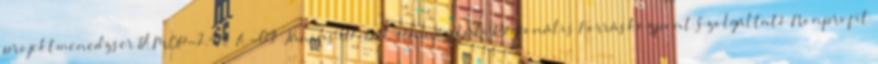
projektmenedzser TÁMOP-2.4.3 A-09 Június 07. Dél-Dunántúli Regionális Forrásközpont Szolgáltató Nonprofit